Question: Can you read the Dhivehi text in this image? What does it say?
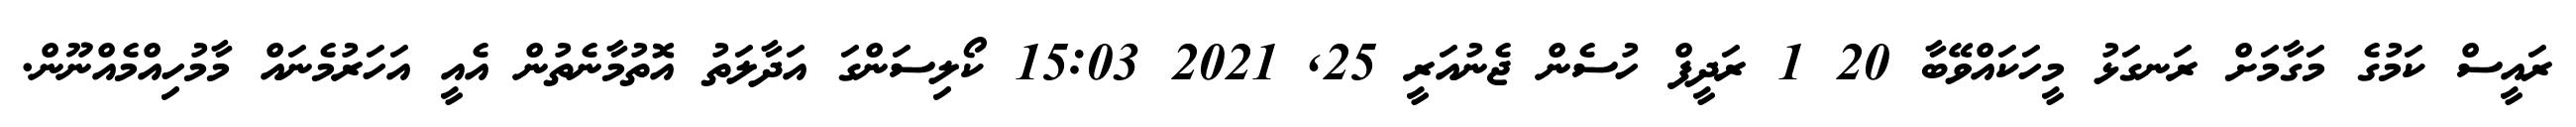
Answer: ރައީސް ކަމުގެ މަގާމަށް ރަނގަޅު މީހަކައްވޭބާ 20 1 ރަދީފް ހުސެން ޖެނުއަރީ 25, 2021 15:03 ކޯލިސަންގަ އަދާލަތު އޮތުމާނެތުން އެއީ އަހަރުމެނައް މާމުހިއްމެއްނޫން.